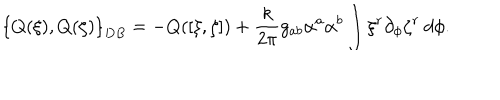
\left\{ Q ( \xi ) , Q ( \zeta ) \right\} _ { D B } = - Q ( [ \xi , \zeta ] ) + { \frac { k } { 2 \pi } } g _ { a b } \alpha ^ { a } \alpha ^ { b } \int \xi ^ { r } \partial _ { \phi } \zeta ^ { r } \: d \phi .